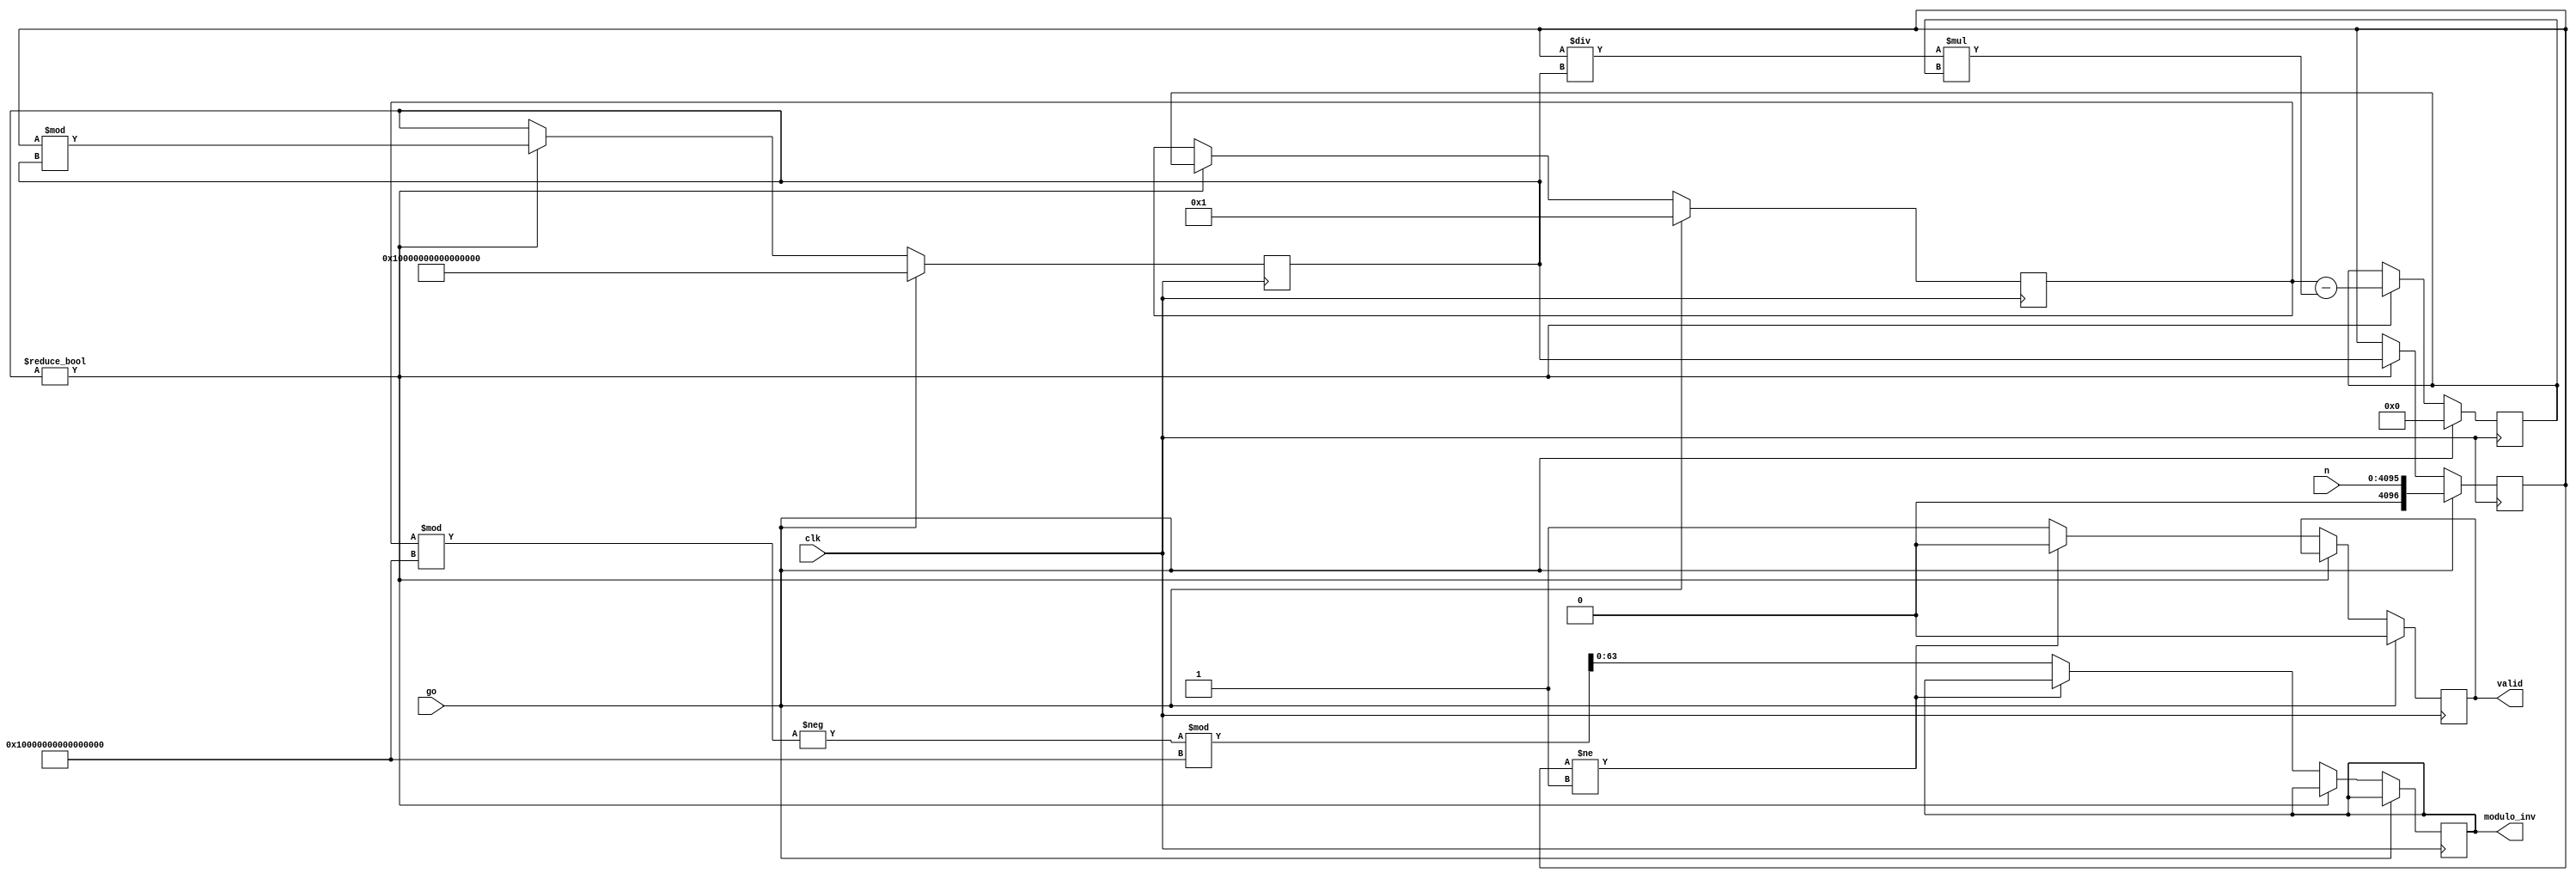
////////////////////////////////////////////////////////////////////////////////
// Description: Compute Modular inverse of a prime number
// Version:     1.0
// Revision:    -
// Company:     archfx.github.io
////////////////////////////////////////////////////////////////////////////////

module modInv (
    input clk, go,
    input [4095:0] n,
    output reg signed [63:0] modulo_inv,
    output reg valid
);
 
reg signed [4096:0] a, b;
reg signed [63:0] x, y, prev_x, prev_y, temp_a, temp_x, temp_y;
reg signed [4096:0] quotient;
parameter [4096:0] m = 4097'd18446744073709551616;


always @(posedge clk) begin
    if (go) begin
        a <= n;
        b <= m;
        x <= 4096'd0;
        y <= 4096'd1;
        prev_x <= 4096'd1;
        prev_y <= 4096'd0;
        valid <= 1'b0;
        quotient =0;
    end
    else begin
        // $display("b : %d", b);
        if (b != 4096'd0) begin
            quotient = a / b;
            // $display("prev_x : %d", prev_x);
            a <= b;
            b <= a % b;
            x <= prev_x - (quotient * x);
            prev_x <= x;
            y <= prev_y - (quotient * y);
            prev_y <= y;
        end else begin
            if (a != 4096'd1) begin
                // Modulo inverse does not exist
                valid <= 1'b0;
            end else begin
                // Modulo inverse exists
                modulo_inv <= (-(prev_x % m) % m);
                valid <= 1'b1;
            end
        end
    end
end

endmodule